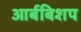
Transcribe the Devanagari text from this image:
आर्बबिशप